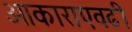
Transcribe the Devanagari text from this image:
आकाराएवढी